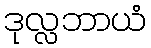
ဒုလ္လဘာယံ